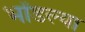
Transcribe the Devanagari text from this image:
भोंडल्या